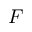
F